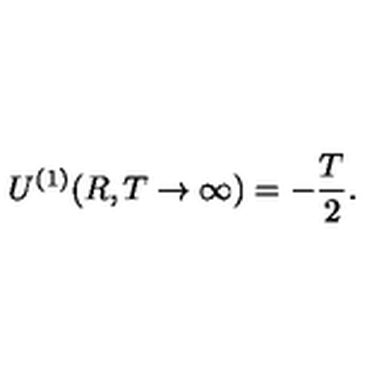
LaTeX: U ^ { ( 1 ) } ( R , T \to \infty ) = - \frac { T } { 2 } { . }